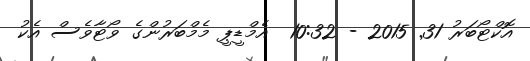
އޮކްޓޯބަރު 31